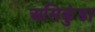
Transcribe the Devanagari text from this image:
असिकुंडा